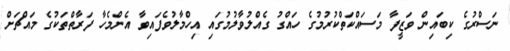
ނަސްރުގެ ކިބައިން ވަޒީފާ މަސައްކަތްކުރުމުގެ ހައްގު ގެއްލުވާލުމުގައި އިހްމާލުވެފައިވާ އެންމެހާ ފަރާތްތަކުގެ މައްޗަށް